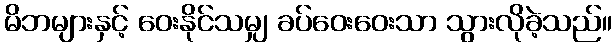
မိဘများနှင့် ဝေးနိုင်သမျှ ခပ်ဝေးဝေးသာ သွားလိုခဲ့သည်။